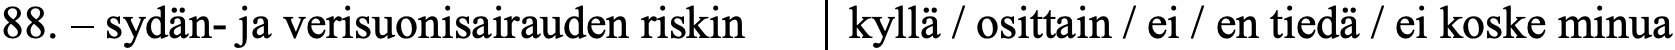
88. – sydän- ja verisuonisairauden riskin kyllä / osittain / ei / en tiedä / ei koske minua